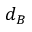
d _ { B }